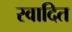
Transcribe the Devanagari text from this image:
स्वादित